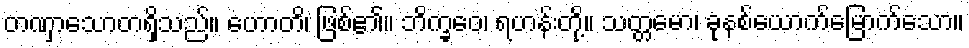
တဏှာသောတရှိသည်။ ဟောတိ၊ ဖြစ်၏။ ဘိက္ခဝေ၊ ရဟန်းတို့။ သတ္တမော၊ ခုနစ်ယောက်မြောက်သော။